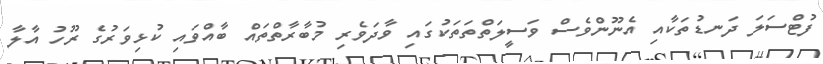
ފުޓްސަލަ ދަނޑުތަކާއި އެނޫންވެސް ވަސީލަތްތަތަކުގައި ވާދަވެރި މުބާރާތްތައް ބާއްވައި ކުޅިވަރުގެ ރޫހު އާލާ